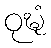
ဝုဍ္ဎံ